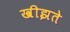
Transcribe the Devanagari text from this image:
खीझते